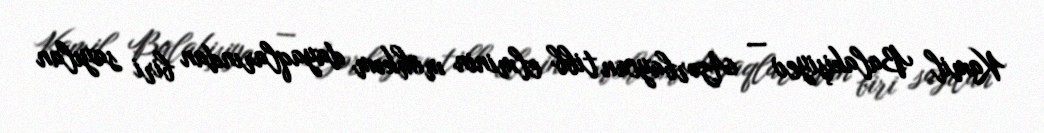
Kamil Balakişiyev — Azərbaycan tibb elminin möhkəm dayaqlarından biri sayılan